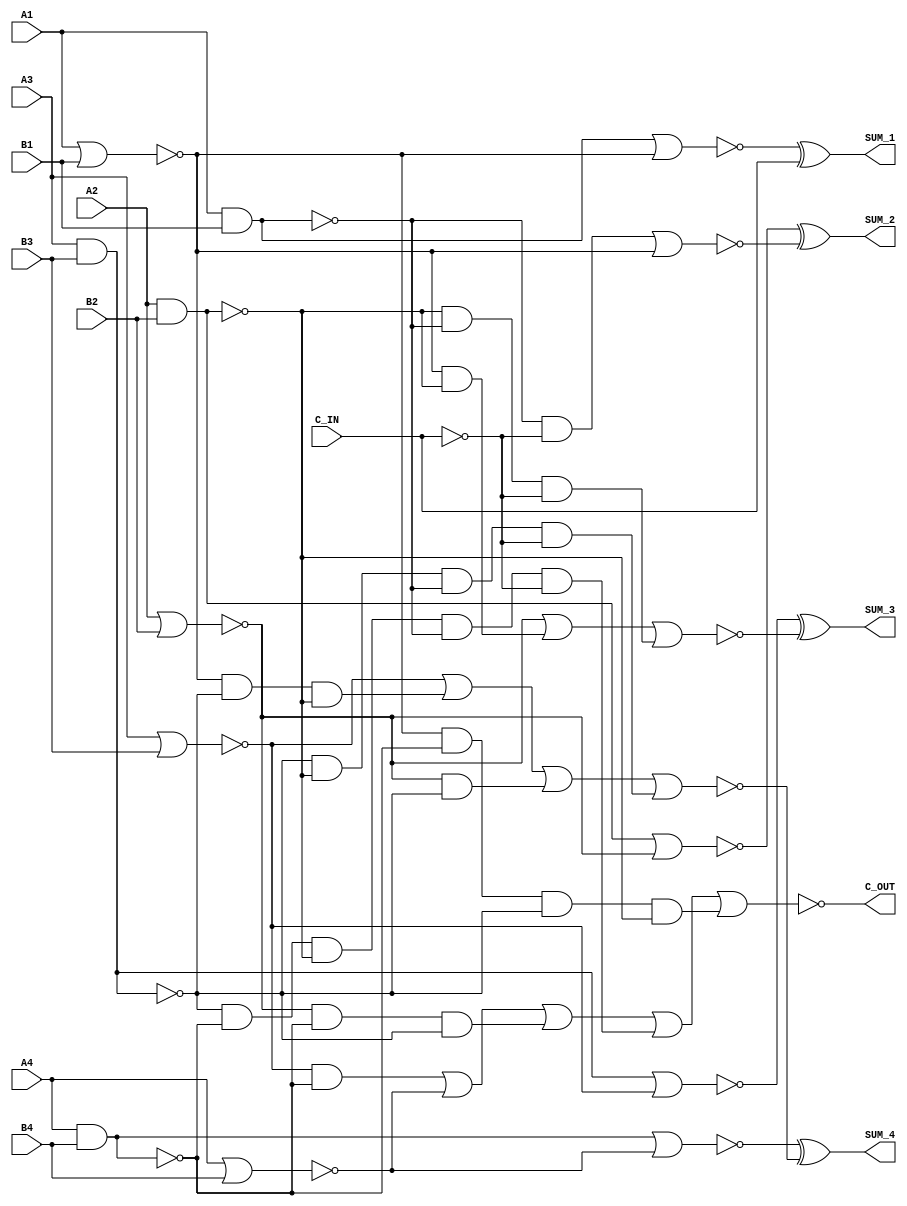
// Copyright (C) 2018  Intel Corporation. All rights reserved.
// Your use of Intel Corporation's design tools, logic functions 
// and other software and tools, and its AMPP partner logic 
// functions, and any output files from any of the foregoing 
// (including device programming or simulation files), and any 
// associated documentation or information are expressly subject 
// to the terms and conditions of the Intel Program License 
// Subscription Agreement, the Intel Quartus Prime License Agreement,
// the Intel FPGA IP License Agreement, or other applicable license
// agreement, including, without limitation, that your use is for
// the sole purpose of programming logic devices manufactured by
// Intel and sold by Intel or its authorized distributors.  Please
// refer to the applicable agreement for further details.

// PROGRAM		"Quartus Prime"
// VERSION		"Version 18.1.0 Build 625 09/12/2018 SJ Lite Edition"
// CREATED		"Sat Nov 06 15:42:54 2021"

module IC_74LS283_RTL(
	B4,
	A4,
	B3,
	A3,
	B2,
	A2,
	B1,
	A1,
	C_IN,
	C_OUT,
	SUM_4,
	SUM_3,
	SUM_2,
	SUM_1
);


input wire	B4;
input wire	A4;
input wire	B3;
input wire	A3;
input wire	B2;
input wire	A2;
input wire	B1;
input wire	A1;
input wire	C_IN;
output wire	C_OUT;
output wire	SUM_4;
output wire	SUM_3;
output wire	SUM_2;
output wire	SUM_1;

wire	SYNTHESIZED_WIRE_71;
wire	SYNTHESIZED_WIRE_72;
wire	SYNTHESIZED_WIRE_73;
wire	SYNTHESIZED_WIRE_74;
wire	SYNTHESIZED_WIRE_75;
wire	SYNTHESIZED_WIRE_76;
wire	SYNTHESIZED_WIRE_77;
wire	SYNTHESIZED_WIRE_78;
wire	SYNTHESIZED_WIRE_12;
wire	SYNTHESIZED_WIRE_31;
wire	SYNTHESIZED_WIRE_79;
wire	SYNTHESIZED_WIRE_33;
wire	SYNTHESIZED_WIRE_35;
wire	SYNTHESIZED_WIRE_37;
wire	SYNTHESIZED_WIRE_44;
wire	SYNTHESIZED_WIRE_45;
wire	SYNTHESIZED_WIRE_46;
wire	SYNTHESIZED_WIRE_47;
wire	SYNTHESIZED_WIRE_48;
wire	SYNTHESIZED_WIRE_49;
wire	SYNTHESIZED_WIRE_50;
wire	SYNTHESIZED_WIRE_51;
wire	SYNTHESIZED_WIRE_52;
wire	SYNTHESIZED_WIRE_53;
wire	SYNTHESIZED_WIRE_54;
wire	SYNTHESIZED_WIRE_55;
wire	SYNTHESIZED_WIRE_56;
wire	SYNTHESIZED_WIRE_57;
wire	SYNTHESIZED_WIRE_58;
wire	SYNTHESIZED_WIRE_63;
wire	SYNTHESIZED_WIRE_64;
wire	SYNTHESIZED_WIRE_65;
wire	SYNTHESIZED_WIRE_66;
wire	SYNTHESIZED_WIRE_67;
wire	SYNTHESIZED_WIRE_68;
wire	SYNTHESIZED_WIRE_69;
wire	SYNTHESIZED_WIRE_70;

assign	SYNTHESIZED_WIRE_12 = 1;
assign	SYNTHESIZED_WIRE_44 = 0;



assign	SYNTHESIZED_WIRE_45 = SYNTHESIZED_WIRE_71 & SYNTHESIZED_WIRE_72;

assign	SYNTHESIZED_WIRE_57 = SYNTHESIZED_WIRE_73 & SYNTHESIZED_WIRE_74;

assign	SYNTHESIZED_WIRE_47 = SYNTHESIZED_WIRE_75 & SYNTHESIZED_WIRE_72 & SYNTHESIZED_WIRE_76;

assign	SYNTHESIZED_WIRE_49 = SYNTHESIZED_WIRE_77 & SYNTHESIZED_WIRE_72 & SYNTHESIZED_WIRE_76 & SYNTHESIZED_WIRE_78;

assign	SYNTHESIZED_WIRE_48 = SYNTHESIZED_WIRE_76 & SYNTHESIZED_WIRE_12 & SYNTHESIZED_WIRE_72 & SYNTHESIZED_WIRE_78 & SYNTHESIZED_WIRE_73 & SYNTHESIZED_WIRE_74;

assign	SYNTHESIZED_WIRE_52 = SYNTHESIZED_WIRE_75 & SYNTHESIZED_WIRE_76;

assign	SYNTHESIZED_WIRE_51 = SYNTHESIZED_WIRE_77 & SYNTHESIZED_WIRE_76 & SYNTHESIZED_WIRE_78;

assign	SYNTHESIZED_WIRE_53 = SYNTHESIZED_WIRE_76 & SYNTHESIZED_WIRE_78 & SYNTHESIZED_WIRE_73 & SYNTHESIZED_WIRE_74;

assign	SYNTHESIZED_WIRE_55 = SYNTHESIZED_WIRE_77 & SYNTHESIZED_WIRE_78;

assign	SYNTHESIZED_WIRE_56 = SYNTHESIZED_WIRE_78 & SYNTHESIZED_WIRE_73 & SYNTHESIZED_WIRE_74;

assign	SYNTHESIZED_WIRE_63 = ~(SYNTHESIZED_WIRE_31 | SYNTHESIZED_WIRE_79);

assign	SYNTHESIZED_WIRE_65 = ~(SYNTHESIZED_WIRE_33 | SYNTHESIZED_WIRE_71);

assign	SYNTHESIZED_WIRE_67 = ~(SYNTHESIZED_WIRE_35 | SYNTHESIZED_WIRE_75);

assign	SYNTHESIZED_WIRE_69 = ~(SYNTHESIZED_WIRE_37 | SYNTHESIZED_WIRE_77);

assign	SYNTHESIZED_WIRE_31 =  ~SYNTHESIZED_WIRE_72;

assign	SYNTHESIZED_WIRE_33 =  ~SYNTHESIZED_WIRE_76;

assign	SYNTHESIZED_WIRE_35 =  ~SYNTHESIZED_WIRE_78;

assign	SYNTHESIZED_WIRE_37 =  ~SYNTHESIZED_WIRE_73;

assign	SYNTHESIZED_WIRE_70 =  ~SYNTHESIZED_WIRE_74;

assign	SYNTHESIZED_WIRE_74 =  ~C_IN;



assign	SYNTHESIZED_WIRE_72 = ~(A4 & B4);

assign	SYNTHESIZED_WIRE_76 = ~(A3 & B3);

assign	SYNTHESIZED_WIRE_78 = ~(A2 & B2);

assign	SYNTHESIZED_WIRE_73 = ~(A1 & B1);

assign	SYNTHESIZED_WIRE_79 = ~(A4 | B4);

assign	SYNTHESIZED_WIRE_71 = ~(A3 | B3);

assign	SYNTHESIZED_WIRE_75 = ~(A2 | B2);

assign	SYNTHESIZED_WIRE_77 = ~(A1 | B1);

assign	C_OUT = ~(SYNTHESIZED_WIRE_44 | SYNTHESIZED_WIRE_45 | SYNTHESIZED_WIRE_46 | SYNTHESIZED_WIRE_47 | SYNTHESIZED_WIRE_48 | SYNTHESIZED_WIRE_49);

assign	SYNTHESIZED_WIRE_64 = ~(SYNTHESIZED_WIRE_50 | SYNTHESIZED_WIRE_51 | SYNTHESIZED_WIRE_52 | SYNTHESIZED_WIRE_53);

assign	SYNTHESIZED_WIRE_66 = ~(SYNTHESIZED_WIRE_54 | SYNTHESIZED_WIRE_55 | SYNTHESIZED_WIRE_56);

assign	SYNTHESIZED_WIRE_68 = ~(SYNTHESIZED_WIRE_57 | SYNTHESIZED_WIRE_58);

assign	SYNTHESIZED_WIRE_46 = SYNTHESIZED_WIRE_79;


assign	SYNTHESIZED_WIRE_50 = SYNTHESIZED_WIRE_71;


assign	SYNTHESIZED_WIRE_54 = SYNTHESIZED_WIRE_75;


assign	SYNTHESIZED_WIRE_58 = SYNTHESIZED_WIRE_77;


assign	SUM_4 = SYNTHESIZED_WIRE_63 ^ SYNTHESIZED_WIRE_64;

assign	SUM_3 = SYNTHESIZED_WIRE_65 ^ SYNTHESIZED_WIRE_66;

assign	SUM_2 = SYNTHESIZED_WIRE_67 ^ SYNTHESIZED_WIRE_68;

assign	SUM_1 = SYNTHESIZED_WIRE_69 ^ SYNTHESIZED_WIRE_70;


endmodule